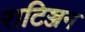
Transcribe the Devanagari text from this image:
राटिञ्जन